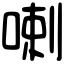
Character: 喇